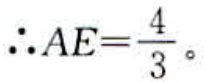
\(\therefore AE=\frac{4}{3}。\)